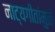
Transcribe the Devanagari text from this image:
नाट्यगीतांमुळे